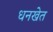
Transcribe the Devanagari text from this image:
धनखेत